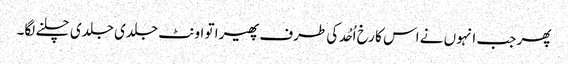
پھر جب انہوں نے اس کا رخ اُحُد کی طرف پھیرا تو اونٹ جلدی جلدی چلنے لگا۔